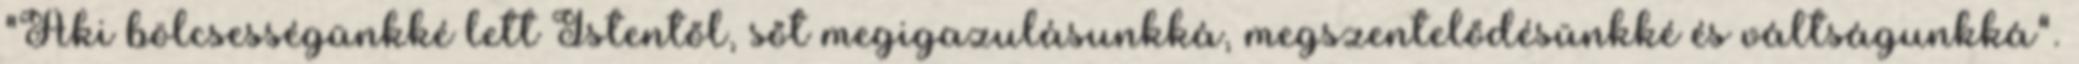
"Aki bölcsességünkké lett Istentől, sőt megigazulásunkká, megszentelődésünkké és váltságunkká".